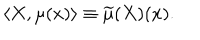
\langle X , \mu ( x ) \rangle \equiv \widetilde { \mu } ( X ) ( x ) .